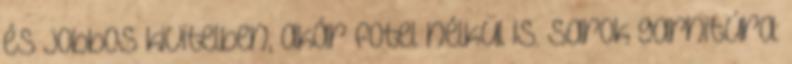
és jobbos kivitelben, akár fotel nélkül is. Sarok garnitúra: